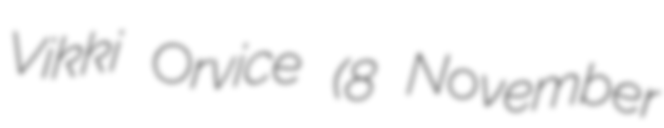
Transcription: Vikki Orvice (8 November